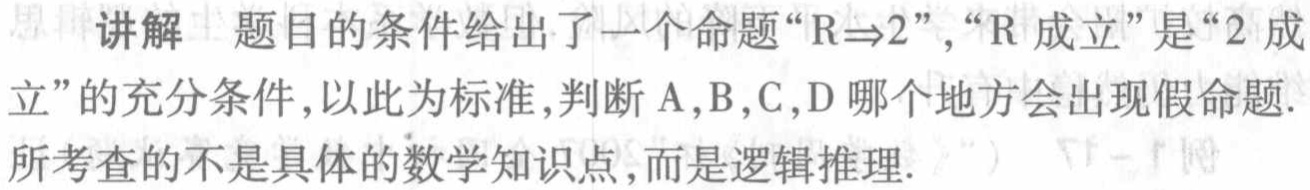
讲解 题目的条件给出了一个命题“\(R\Rightarrow2\)”，“\(R\)成立”是“\(2\)成立”的充分条件，以此为标准，判断\(A,B,C,D\)哪个地方会出现假命题.所考查的不是具体的数学知识点，而是逻辑推理.